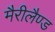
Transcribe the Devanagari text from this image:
मैरीलैण्ड